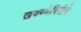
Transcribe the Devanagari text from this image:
खवय्येगिरीने